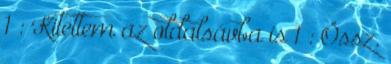
1 : Kitettem az oldalsávba is 1 : Össz.